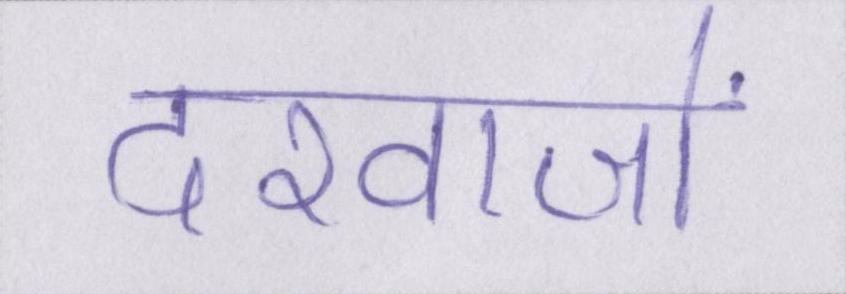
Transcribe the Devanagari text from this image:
दरवाजों